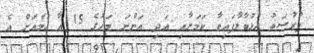
ފުރުސަތު ހުޅުވާލާފައިވާ ކަމަށާއި އަދި އަންނަ މަހުގެ 15 އާ ހަމައަށް އެ